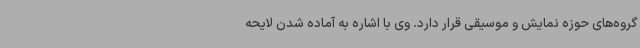
گروه‌های حوزه نمایش و موسیقی قرار دارد. وی با اشاره به آماده شدن لایحه